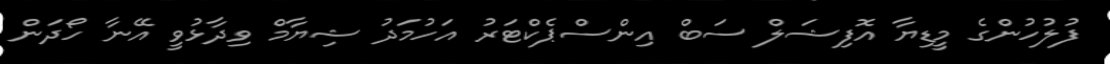
ފުލުހުންގެ މީޑިޔާ އޮފިޝަލް ސަބް އިންސްޕެކްޓަރު އަހުމަދު ޝިޔާމް ވިދާޅުވީ އޭނާ ހޯދަން